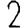
Digit: 2